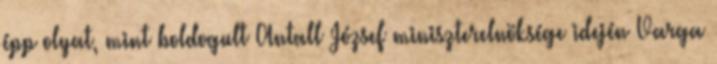
épp olyat, mint boldogult Antall József miniszterelnöksége idején Var­ga